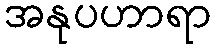
အနုပဟာရာ